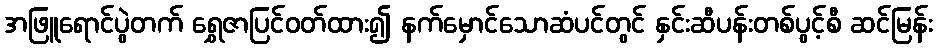
အဖြူရောင်ပွဲတက် ရွှေဇာပြင်ဝတ်ထား၍ နက်မှောင်သောဆံပင်တွင် နှင်းဆီပန်းတစ်ပွင့်စီ ဆင်မြန်း